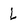
Character: L